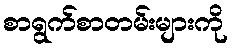
စာရွက်စာတမ်းများကို